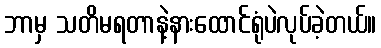
ဘာမှ သတိမရတာနဲ့နားထောင်ရုံပဲလုပ်ခဲ့တယ်။